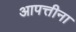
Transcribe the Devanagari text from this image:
आपत्तीना